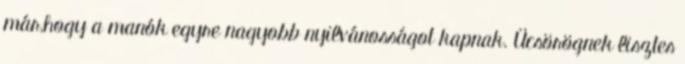
már,hogy a manók egyre nagyobb nyilvánosságot kapnak. Ücsörögnek lisztes